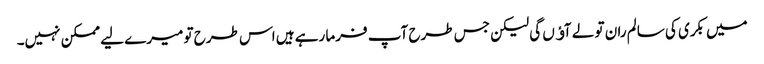
میں بکری کی سالم ران تو لے آﺅں گی لیکن جس طرح آپ فرما رہے ہیں اس طرح تو میرے لیے ممکن نہیں۔